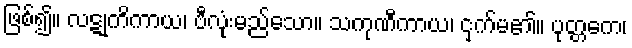
ဖြစ်၍။ လဋုကိကာယ၊ ဗီလုံးမည်သော။ သကုဏီကာယ၊ ငှက်မ၏။ ပုတ္တကေ၊